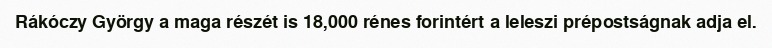
Rákóczy György a maga részét is 18,000 rénes forintért a leleszi prépostságnak adja el.